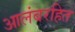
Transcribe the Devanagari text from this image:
आलंबरहित